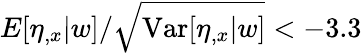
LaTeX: E[\eta_{,x}|w]/\sqrt{\mathrm{Var}[\eta_{,x}|w]}<-3.3